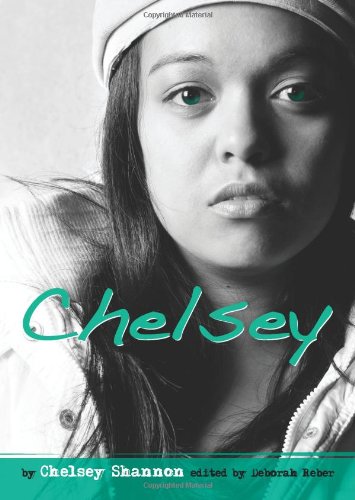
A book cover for Chelsey: My True Story of Murder, Loss, and Starting Over (Louder Than Words); Chelsey Shannon; Teen & Young Adult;